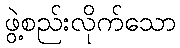
ဖွဲ့စည်းလိုက်သော